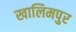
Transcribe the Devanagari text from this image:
खालिमपुर